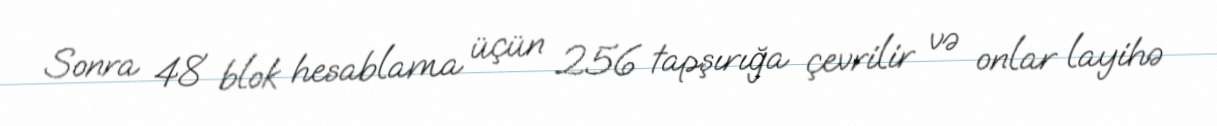
Sonra 48 blok hesablama üçün 256 tapşırığa çevrilir və onlar layihə